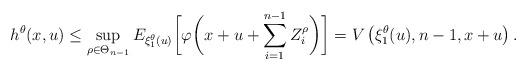
LaTeX: \begin{align*}h^\theta(x,u)\le \sup_{\rho\in \Theta_{n-1}} E_{\xi_1^\theta(u)}\biggl[\varphi\biggl(x+u+\sum_{i=1}^{n-1} Z_i^{\rho}\biggr)\biggr]=V\left(\xi_1^\theta(u),n-1,x+u\right).\end{align*}